Annual statistical returns and brief notes on vaccination in Bengal - 1909-1929
Year: 1909
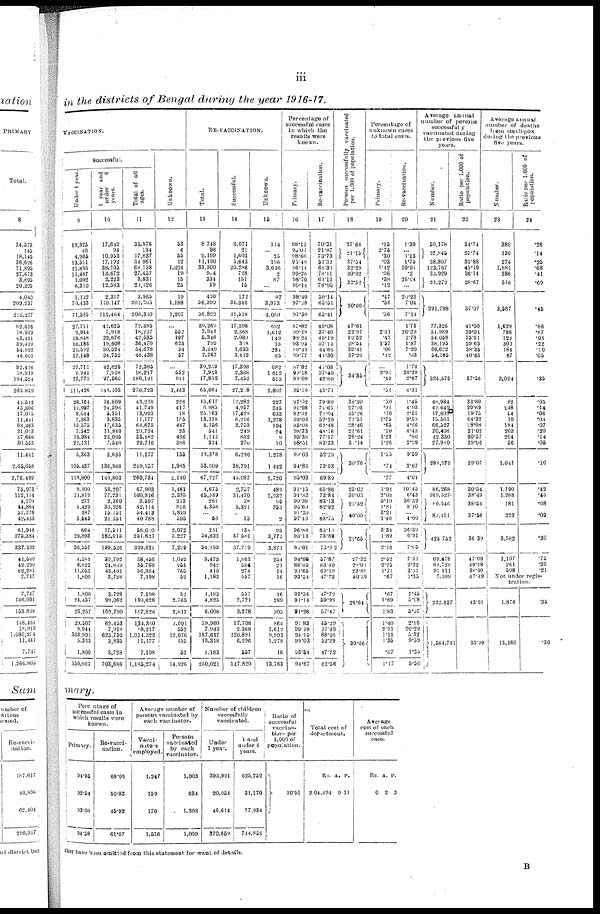
iii
in the districts of Bengal during the year 1916-17.
VACCINATION.
successful.
Under 1 year.
9
12,325
40
4,905
13,511
21,895
11,487
1,092
6,310
1,132
70,433
71,565
27,711
9,944
18,848
16,183
21,592
17,148
27,711
9,944
73,771
111,426
26,164
14,997
8,044
5,363
15,575
7,542
10,984
22,131
5,363
105,437
110,800
9,100
11,819
277
5,429
387
3,545
664
29,893
30,557
4,581
8,823
11,053
1,800
1,800
24,457
26,257
29,507
9,944
303,991
5,353
1,800
350,603
1 year and
under
6
years.
10
17,642
94
10,953
17,192
38,105
13,672
2,223
12,583
2,317
110,147
112,464
42,635
7,918
22,676
19,608
30,524
24,752
42,625
7,918
97,560
148,103
16,809
24,598
5,351
3,835
47,635
11,940
23,095
7,540
3,835
136,968
140,803
53,207
77,231
2,360
30,226
15,151
21,351
17,511
182,615
199,526
30,792
24,889
43,401
3,728
3,728
99,062
102,790
63,453
7,9181
625,752
3,835
3,728
703,686
Total of all
ages.
11
33,876
134
17,837
34,961
68,138
27,457
3,831
20,126
3,965
202,395
208,360
72,386
18,217
42,535
36,470
54,678
46,438
72,385
18,217
180,121
270,723
43,218
41,749
13,993
11,177
64,675
20,724
35,182
29,716
11,177
249,557
260,734
67,903
100,816
3,697
42,114
54,413
40,788
58,010
251,621
309,631
38,456
35,788
56,384
7,198
7,198
130,628
137,826
134,360
18,217
1,014,322
11,177
7,198
1,185,274
Unknown.
12
53
4
55
12
1,024
19
15
25
19
1,188
1,207
...
552
197
623
34
57
...
552
911
1,463
226
417
18
l55
447
33
466
388
155
1,985
2,140
1,481
2,335
213
816
1,859
595
2,072
5,227
7,299
1,049
951
765
52
52
2,765
2,817
2,091
552
12,076
155
52
14,926
RE-VACCINATION.
Total.
13
8,748
96
2,199
11,190
33,309
904
334
19
430
56,399
56,829
39,269
7,943
5,346
799
3,940
7,767
39,239
7,943
17,852
65,064
15,617
6,985
25,163
13,318
4,156
541
1,113
334
13,318
53,909
67,227
4,675
45,549
261
4,358
... 50
251
54,632
54,393
3,473
942
410
1,183
1,183
4,825
6,008
39,960
7,943
187,617
13,318
1,183
250,021
Successful.
14
6,071
21
1,603
5,643
20,286
728
151
15
172
34,346
34,518
17,398
2,368
2,089
318
1,633
3,412
17,398
2,368
7,452
27,218
12,282
4,967
17,428
6,296
2,753
249
852
270
6,296
38,791
43,087
2,757
31,470
38
3,321
... 33
132
37,581
37,719
1,863
584
274
557
557
2,721
3,278
17,708
2,368
120,891
6,296
557
147,820
Unknown.
15
114
... 25
198
3,636
2
87
...
87
3,973
4,060
682
1,612
149
15
284
65
682
1,612
513
2,807
227
345
633
1,278
194
24
9
10
1,278
1,442
2,720
489
2,932
95
353
...
2
95
3,773
3,871
254
21
14
16
16
289
305
864
1,612
9,993
1,278
16
13,763
Percentage of
successful cases
in which the
results were
known.
Primary.
16
98.13
90.03
98.60
93.48
96.14
99.28
98.70
99.14
98.40
97.28
97.30
87.82
99.18
98.24
93.95
99.49
99.77
87.82
95.18
98.09
95.19
97.52
91.98
82.32
99.03
95.08
98.73
95.38
98.51
99.03
94.88
95.03
91.15
91.83
90.90
95.60
97.30
97.49
96.88
93.13
95.81
94.88
86.69
91.65
93.54
93.54
91.14
91.26
91.83
99.18
94.95
99.03
93.54
94.67
Re-vaccination.
17
70.31
21.87
73.73
51.32
68.33
78.11
61.13
78.95
50.14
65.31
65.41
45.08
37.40
40.19
37.14
44.65
41.30
42.08
37.40
42.80
43.71
79.80
74.65
71.94
52.29
69.48
48.16
77.17
83.33
52.29
73.93
69.89
65.86
73.84
83.13
82.92
... 68.75
83.13
73.89
73.92
57.87
63.40
69.19
47.72
47.72
59.98
57.47
45.29
37.40
68.08
52.29
47.72
62.56
Persons successfully vaccinated
per 1,000 of population.
18
27.66
21.15
37.54
32.29
30.02
32.52
30.60
47.61
22.97
29.32
28.54
32.41
37.26
34.35
38.30
27.93
35.26
72.51
28.46
21.61
26.24
31.14
3 0 . 7 6
25.02
30.03
23.52
40.00
29.65
27.32
28.03
23.88
50.39
26.64
30.66
Percentage of
unknown cases
to total cases.
Primary.
19
.15
2.75
.30
.03
1.42
.06
.38
.12
.47
.56
.56
... 2.91
.45
1.57
.06
.12
...
2.91
.49
.51
.50
.91
.10
1.35
.65
.10
1.23
1.26
1.35
.74
.77
1.94
2.08
5.10
1.81
3.21
1.40
3.34
1.89
2.16
2.52
2.25
1.21
.67
.67
1.89
1.83
1.40
2.91
1.11
1.35
.67
1.17
Re-vaccination.
20
1.30
... 1.13
1.75
10.91
.2
26.04
...
20.23
7.04
7.14
1.73
20.29
2.78
1.87
7.20
.33
1.73
20.29
2.87
4.31
1.45
4.93
2.51
9.59
4.66
4.43
.80
2.99
9.59
2.67
4.04
10.45
6.43
36.39
8.10
... 4.00
36.39
6.91
7.65
7.31
2.22 3.11
1.35
1.35
5.98
5.97
2.16
20.29
5.32
9.59
1.35
5.30
Average annual
number of persons
successfully
vaccinated during
the previous five
years.
Number.
21
50,178
23,845
38.807
123,767
33,929
21,272
291,798
77,326
34,989
54,058
38,195
66,622
54,385
325,575
48,984
49,649
17,602
15,501
66,527
20,406
42,330
27,980
288,979
86,268
169,527
80,546
89,411
425,752
69,478
64,729
91,111
7,309
232,627
1,564,731
Ratio per 1,000 of
population.
22
34.74
25.74
35.88
45.19
36.14
28.67
37.07
41.00
39.04
35.51
29.63
38.35
40.65
37.56
33.80
29.69
19.75
64.32
28.08
21.02
30.57
29.06
29.07
30.54
38.49
38.54
37.56
36.39
47.09
49.98
38.40
47.49
43.91
35.99
Average annual
number of deaths
from small-pox
during the previous
five years.
Number.
23
380
130
274
1,881
386
516
3,567
1,629
786
123
300
184
67
3,094
82
248
54
10
184
203
204
56
1,041
1,190
1,988
181
223
3,582
1,107
261
508
Ratio per 1,000 of
population.
24
.26
.14
.25
.68
.41
.69
.45
.86
.87
.03
.23
.10
.05
.35
.05
.14
.06
.04
.07
.20
.14
.05
.10
.42
.45
.08
.09
.30
.75
.20
.21
Not under regis¬
tration.
1,876
13,160
.35
.30
mary.
Percentage of
successful cases in
which results were
known.
Primary.
94.95
92.54
93.08
94.58
Re-vacci-
nation.
68.05
50.83
45.92
61.07
Average number of
persons vaccinated by
each vaccinator.
Vacci¬
nators
employed.
1,247
159
170
1,576
Persons
vaccinated
by each
vaccinator.
1,003
634
1,398
1,009
Number of children
successfully
vaccinated.
Under
1 year.
303,991
20,054
46,614
370,659
1 and
under 6
years.
625,752
31,170
77,934
734,858
Ratio of
successful
vaccina¬
tion per
1,000 of
population.
30.91
Total cost of
department.
Rs.
2,04,494
A.
9
P.
11
Average
cost of each
successful
case.
Rs.
0
A.
2
P.
3
they have been omitted from this statement for want of details.
B